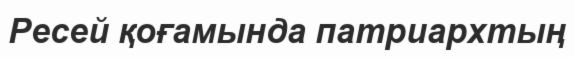
Ресей қоғамында патриархтың